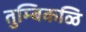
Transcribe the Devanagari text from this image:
तुम्बिकळि